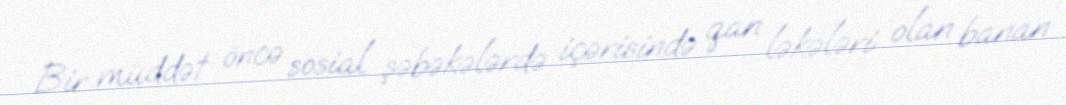
Bir müddət öncə sosial şəbəkələrdə içərisində qan ləkələri olan banan